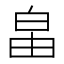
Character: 𤽙